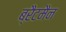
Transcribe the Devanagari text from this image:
ब्रैटमैन